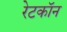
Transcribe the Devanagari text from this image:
रेटकॉन